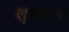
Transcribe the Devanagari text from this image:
श्रखला